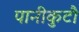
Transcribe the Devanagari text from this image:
पानीकुटौ